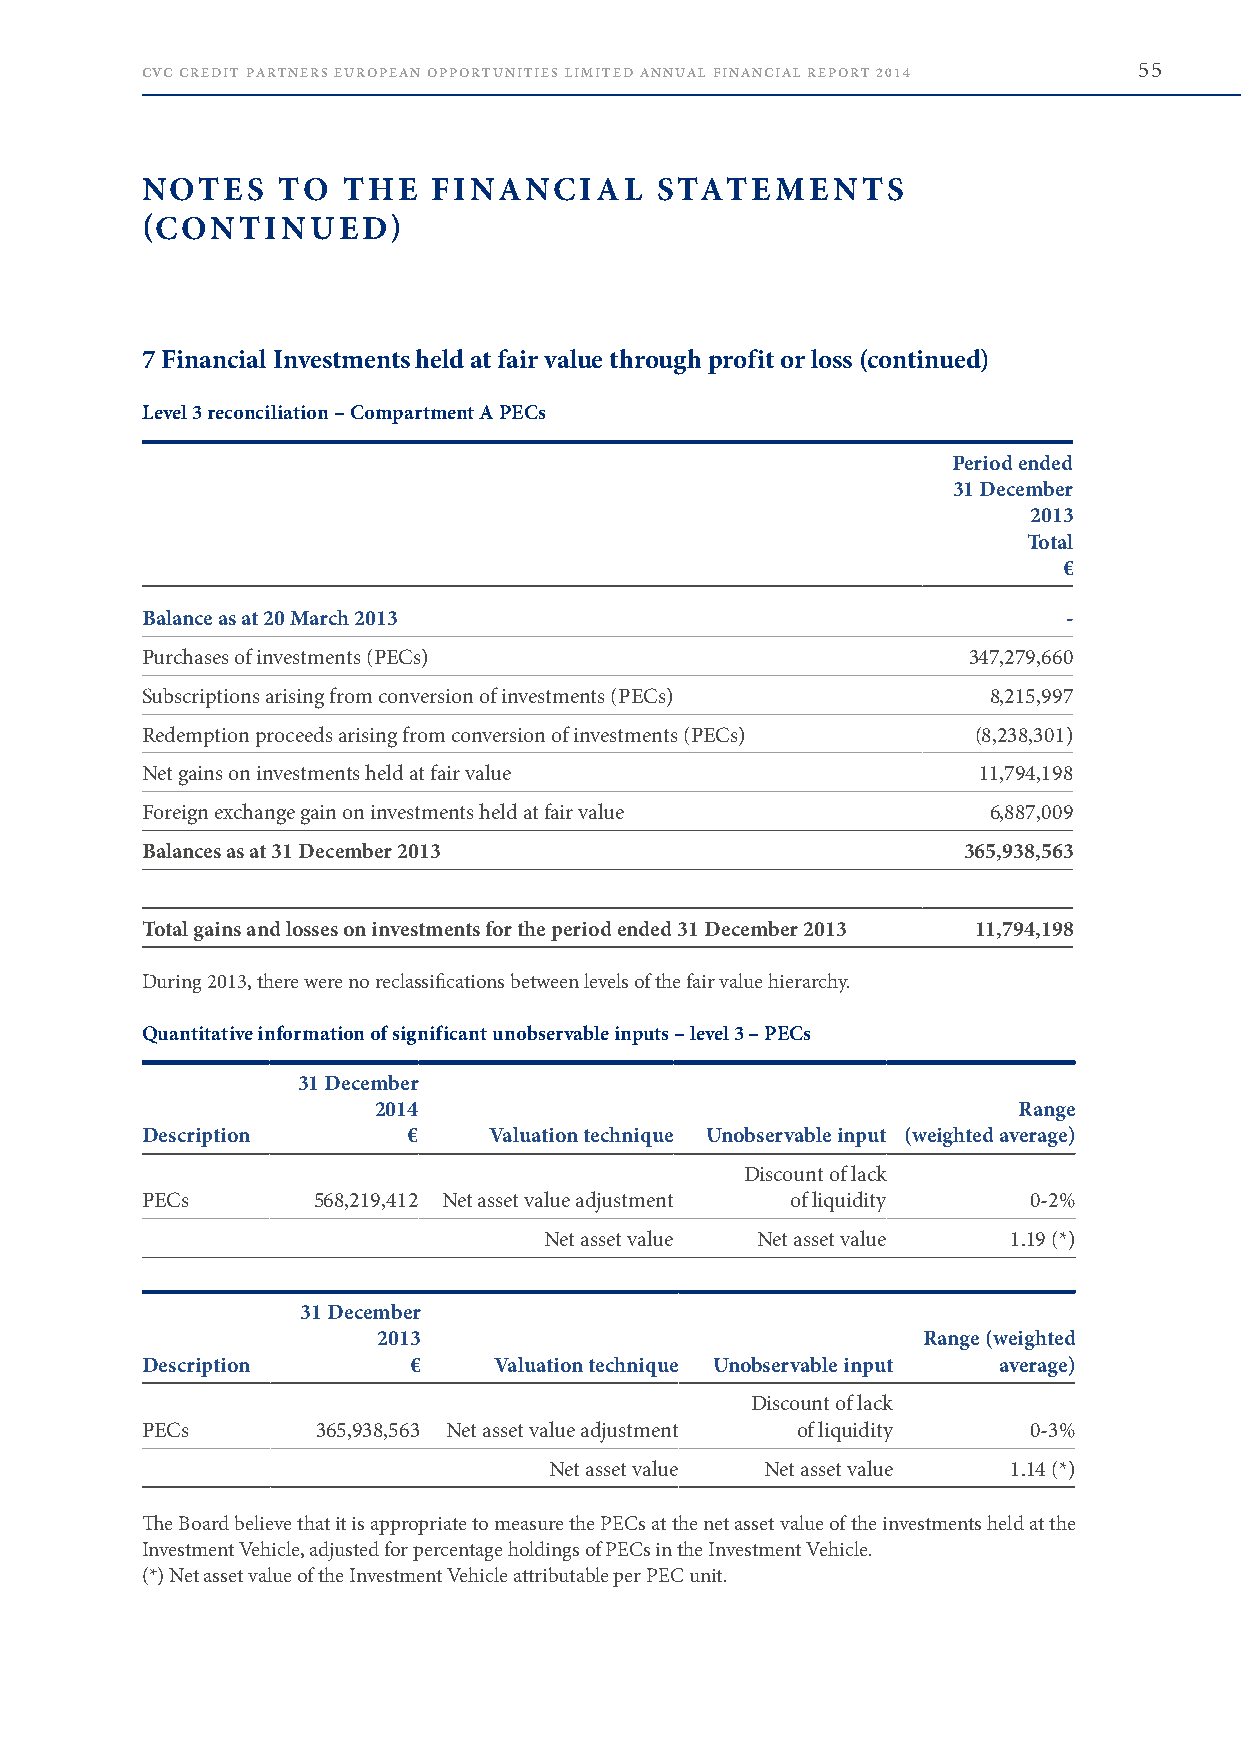
CVC CREDIT PARTNERS EUROPEAN OPPORTUNITIES LIMITED ANNUAL FINANCIAL REPORT 2014 55
 NOTES    TO   THE   FINANCIAL     STATEMENTS
 (CONTINUED)
 7 Financial Investments held at fair value through profit or loss (continued)
 Level 3 reconciliation – Compartment A PECs
 Period ended
 31 December
 2013
 Total
 €
 Balance as at 20 March 2013                                   -
 Purchases of investments (PECs)                        347,279,660
 Subscriptions arising from conversion of investments (PECs) 8,215,997
 Redemption proceeds arising from conversion of investments (PECs) (8,238,301)
 Net gains on investments held at fair value             11,794,198
 Foreign exchange gain on investments held at fair value 6,887,009
 Balances as at 31 December 2013                        365,938,563
 Total gains and losses on investments for the period ended 31 December 2013 11,794,198
 During 2013, there were no reclassifications between levels of the fair value hierarchy .
 Quantitative information of significant unobservable inputs – level 3 – PECs
 31 December
 2014                                      Range
 Description       €    Valuation technique Unobservable input (weighted average)
 Discount of lack
 PECs        568,219,412 Net asset value adjustment of liquidity 0-2%
 Net asset value Net asset value 1 .19 (*)
 31 December
 2013                                Range (weighted
 Description       €     Valuation technique Unobservable input average)
 Discount of lack
 PECs        365,938,563 Net asset value adjustment of liquidity 0-3%
 Net asset value Net asset value 1 .14 (*)
 The Board believe that it is appropriate to measure the PECs at the net asset value of the investments held at the
 Investment Vehicle, adjusted for percentage holdings of PECs in the Investment Vehicle .
 (*) Net asset value of the Investment Vehicle attributable per PEC unit .